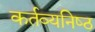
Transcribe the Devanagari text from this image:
कर्तव्‍यनिष्‍ठ